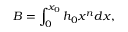
B = \int _ { 0 } ^ { x _ { 0 } } h _ { 0 } x ^ { n } d x ,